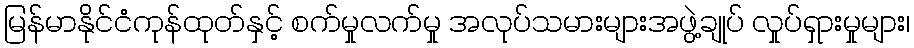
မြန်မာနိုင်ငံကုန်ထုတ်နှင့် စက်မှုလက်မှု အလုပ်သမားများအဖွဲ့ချုပ် လှုပ်ရှားမှုများ၊